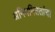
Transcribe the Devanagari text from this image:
अनियमिततांचा